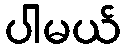
ပါမယ်